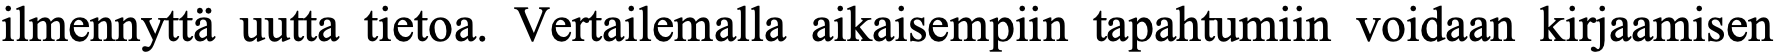
ilmennyttä uutta tietoa. Vertailemalla aikaisempiin tapahtumiin voidaan kirjaamisen